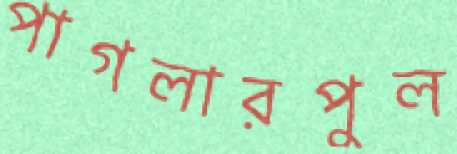
পাগলারপুল